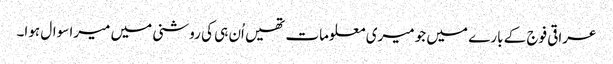
عراقی فوج کے بارے میں جو میری معلومات تھیں اُن ہی کی روشنی میں میرا سوال ہوا۔